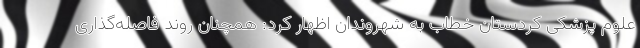
علوم پزشکی کردستان خطاب به شهروندان اظهار کرد: همچنان روند فاصله‌گذاری